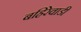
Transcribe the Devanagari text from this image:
बहिरेवाडी